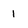
Character: 1